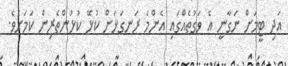
އަދި ޓީމަށް ނަގާނީ އެ ވަގުތެއްގައި އެންމެ ރަނގަޅަށް ކުޅޭ ކުޅުންތެރިން ކަމަށެވެ.